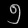
Digit: ၅